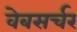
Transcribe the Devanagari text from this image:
वेबसर्चर